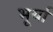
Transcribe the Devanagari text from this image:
भूर्या